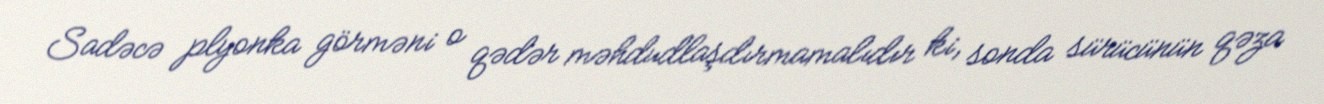
Sadəcə plyonka görməni o qədər məhdudlaşdırmamalıdır ki, sonda sürücünün qəza